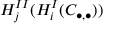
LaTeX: H _ { j } ^ { I I } ( H _ { i } ^ { I } ( C _ { \bullet , \bullet } ) )